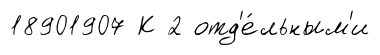
18901907 К 2 отд'е́льным'и